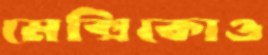
মেক্সিকোও